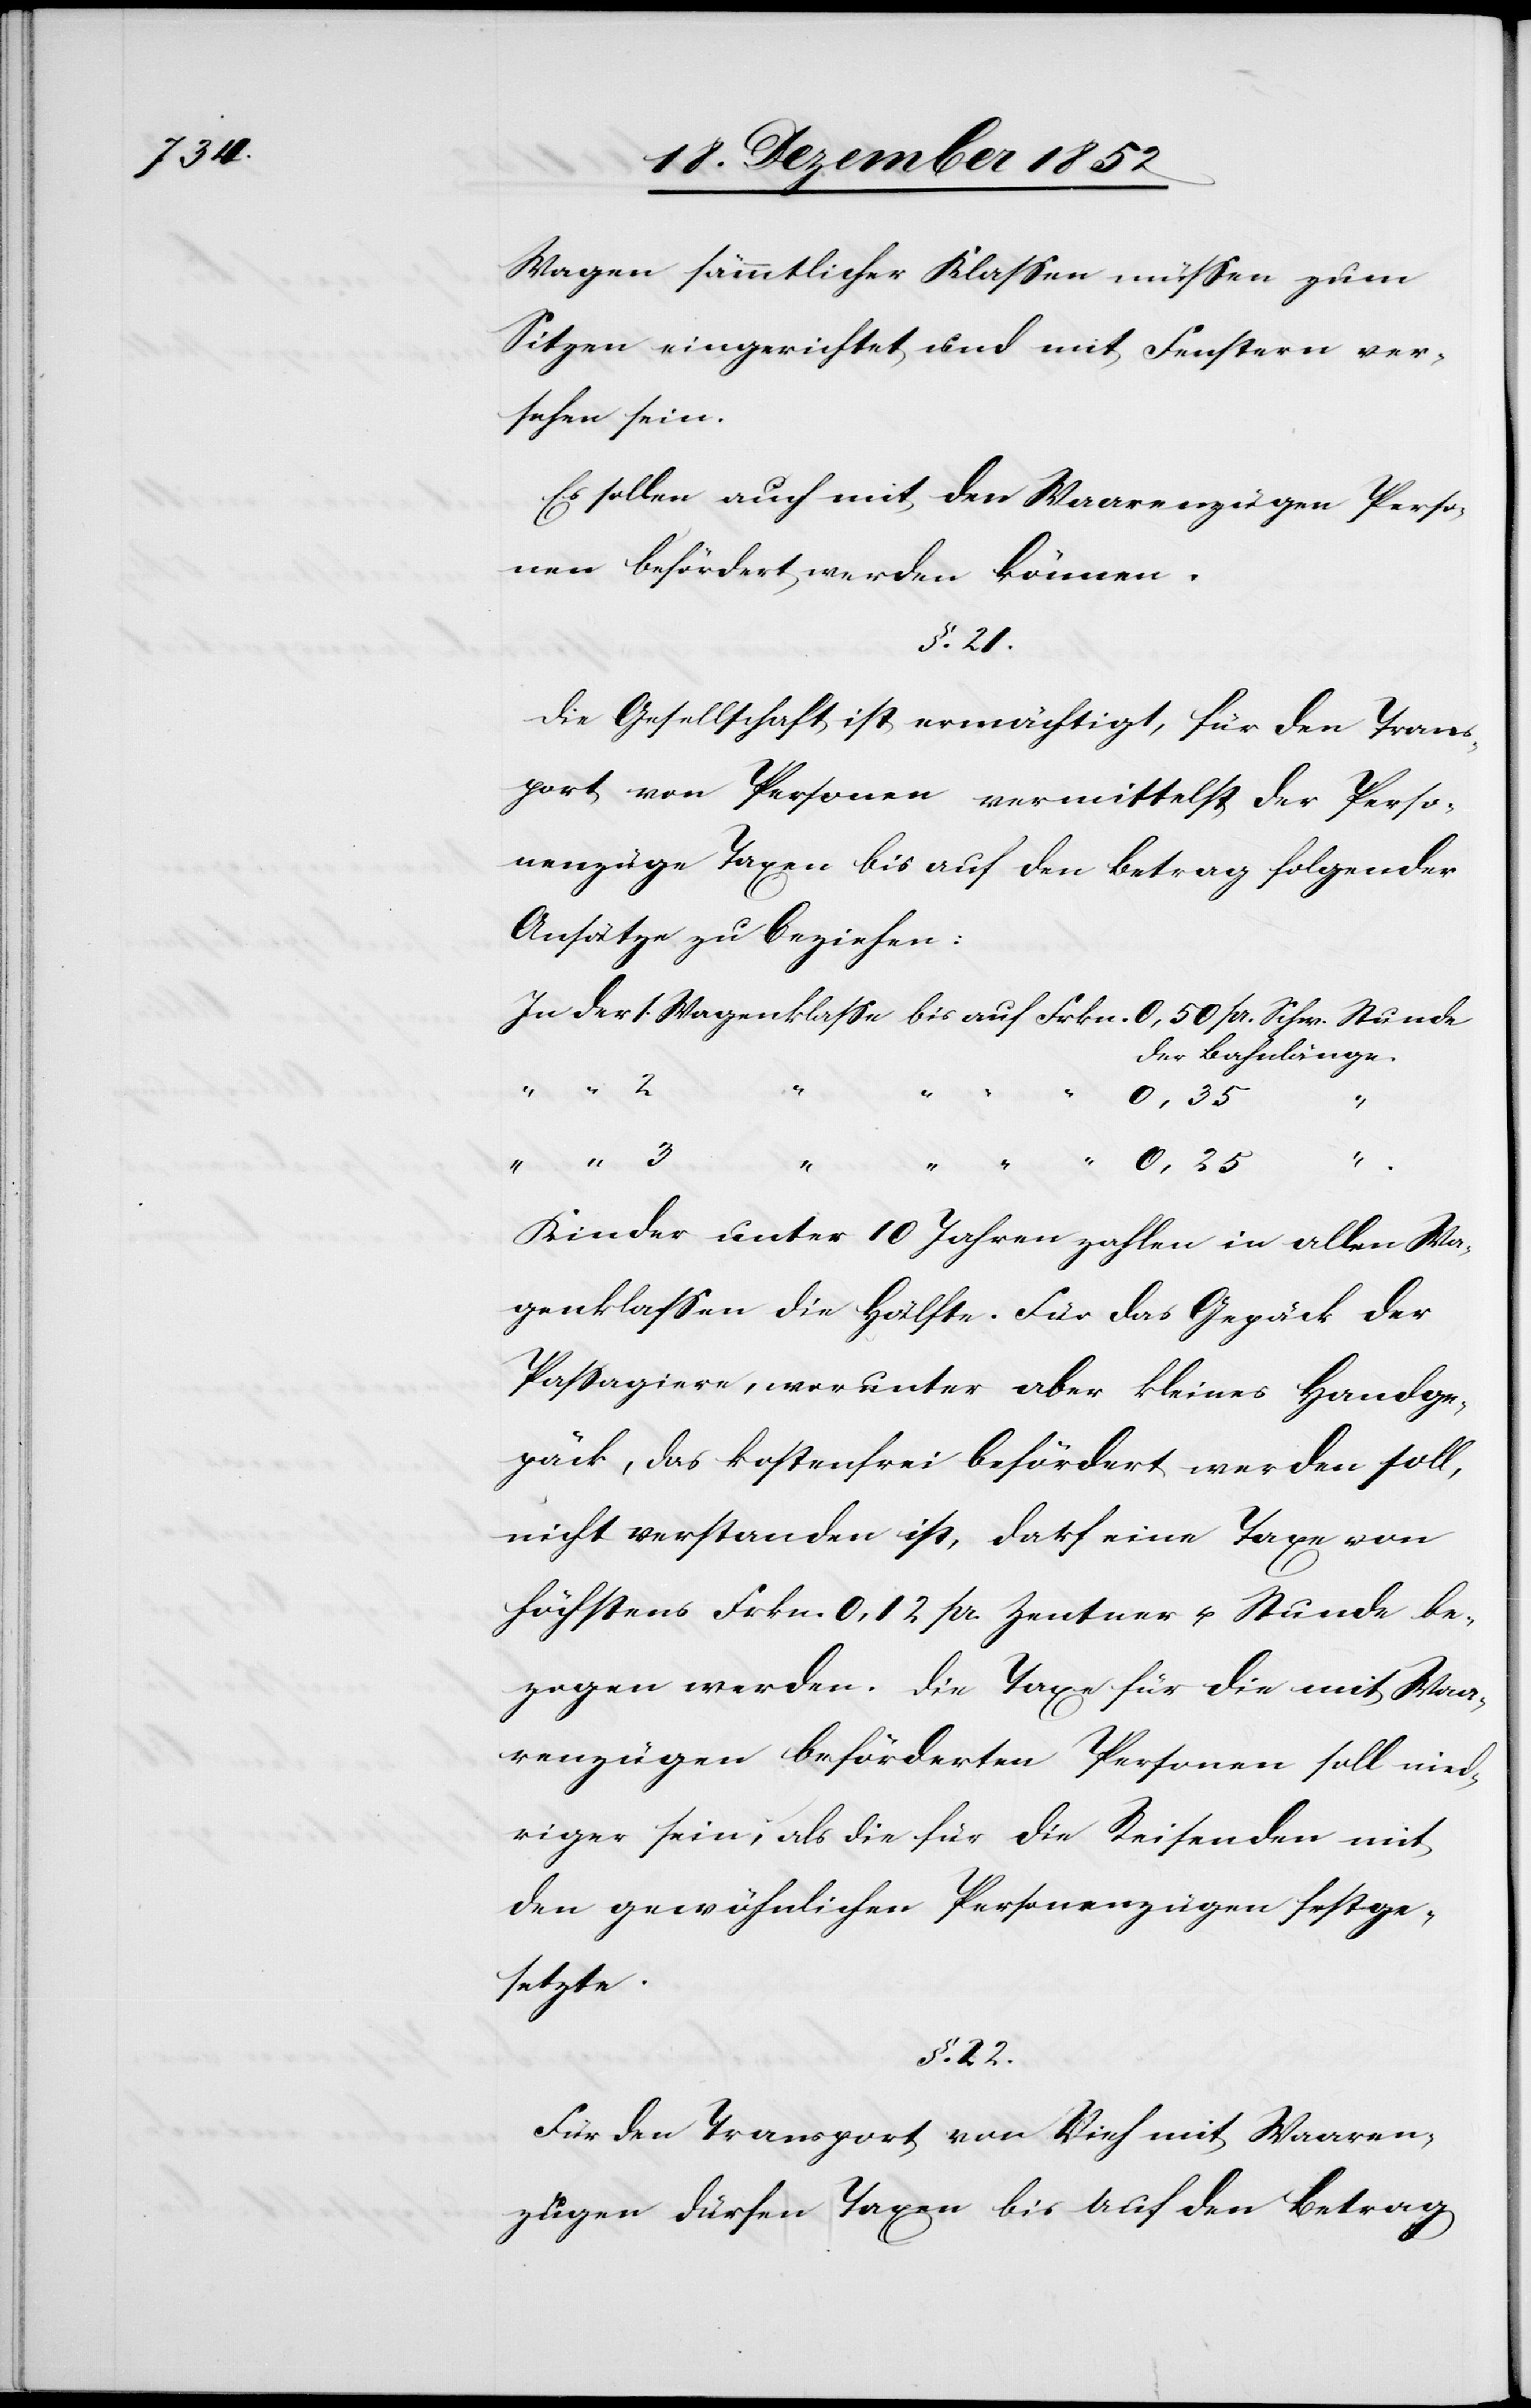
Wagen sämmtlicher Klassen müssen zum
Sitzen eingerichtet und mit Fenstern ver¬
sehen sein.
Es sollen auch mit den Waarenzügen Perso¬
nen befördert werden können.
§. 21.
Die Gesellschaft ist ermächtigt, für den Trans¬
port von Personen vermittelst der Perso¬
nenzüge Taxen bis auf den Betrag folgender
Ansätze zu beziehen:
In der 1. Wagenklasse bis auf Frkn. 0,50. pr. Schw. Stunde
der Bahnlänge.
“ “ 2
“ “ 3
Kinder unter 10 Jahren zahlen in allen Wa¬
genklassen die Hälfte. Für das Gepäck der
Passagiere, worunter aber kleines Handge¬
päck, das kostenfrei befördert werden soll,
nicht verstanden ist, darf eine Taxe von
höchstens Frkn. 0,12 pr. Zentner u. Stunde be¬
zogen werden. Die Taxe für die mit Waa¬
renzügen beförderten Personen soll nied¬
riger sein, als die für die Reisenden mit
den gewöhnlichen Personenzügen festge¬
setzte.
§. 22.
Für den Transport von Vieh mit Waaren¬
zügen dürfen Taxen bis auf den Betrag